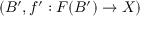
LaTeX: ( B ^ { \prime } , f ^ { \prime } : F ( B ^ { \prime } ) \to X )